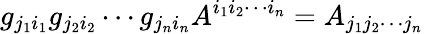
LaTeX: g_{j_{1}i_{1}}g_{j_{2}i_{2}}\cdots g_{j_{n}i_{n}}A^{i_{1}i_{2}\cdots i_{n}}=A_{j_{1}j_{2}\cdots j_{n}}